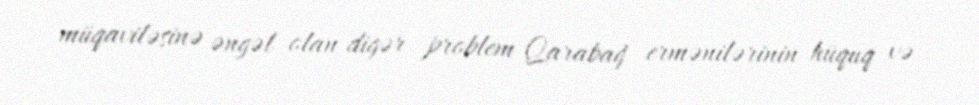
müqaviləsinə əngəl olan digər problem Qarabağ ermənilərinin hüquq və